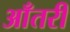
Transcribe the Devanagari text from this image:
आँतरी